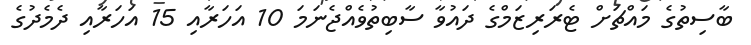
ބާސިތުގެ މައްޗަށް ޓެރަރިޒަމްގެ ދައުވާ ސާބިތުވެއްޖެނަމަ 10 އަހަރާއި 15 އަހަރާއި ދެމެދުގެ